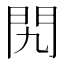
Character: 𨳊